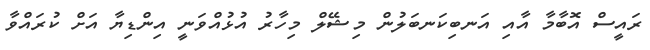
ރައީސް އޮބާމާ އާއި އަނބިކަނބަލުން މިޝޭލް މިހާރު އުޅުއްވަނީ އިންޑިޔާ އަށް ކުރައްވާ